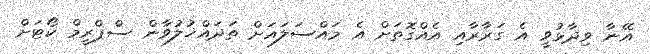
އޭނާ ވިދާޅުވީ އެ ގަރާރާއި އެއްގޮތަށް އެ މައްސަލައަށް ތަދައްޚުލުވާން ސްޕްރީމް ކޯޓަށް